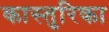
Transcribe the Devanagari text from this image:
कास्तुरिका